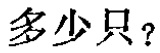
多少只？